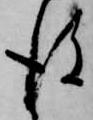
後